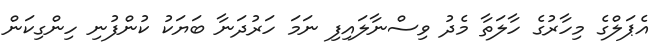
އެޕަލްގެ މިހާރުގެ ހާލަތާ މެދު ވިސްނާލައިފި ނަމަ ހަރުދަނާ ބަޔަކު ކުންފުނި ހިންގިކަން